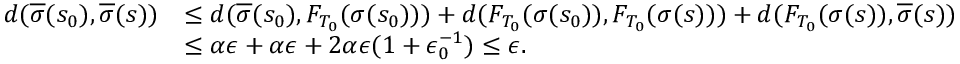
\begin{array} { r l } { d ( \overline { { \sigma } } ( s _ { 0 } ) , \overline { { \sigma } } ( s ) ) } & { \le d ( \overline { { \sigma } } ( s _ { 0 } ) , F _ { T _ { 0 } } ( \sigma ( s _ { 0 } ) ) ) + d ( F _ { T _ { 0 } } ( \sigma ( s _ { 0 } ) ) , F _ { T _ { 0 } } ( \sigma ( s ) ) ) + d ( F _ { T _ { 0 } } ( \sigma ( s ) ) , \overline { { \sigma } } ( s ) ) } \\ & { \le \alpha \epsilon + \alpha \epsilon + 2 \alpha \epsilon ( 1 + \epsilon _ { 0 } ^ { - 1 } ) \le \epsilon . } \end{array}